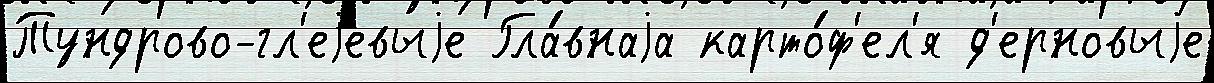
Тундрово-гл'еjевыjе Гла́внаjа карто́ф'ел'я д'ерновыjе